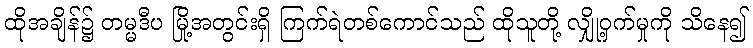
ထိုအချိန်၌ တမ္မဒီပ မြို့အတွင်းရှိ ကြက်ရဲတစ်ကောင်သည် ထိုသူတို့ လျှို့ဝှက်မှုကို သိနေ၍